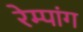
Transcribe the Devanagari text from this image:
रेम्पांग